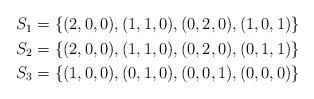
LaTeX: \begin{align*} \begin{aligned} S_1 &= \{ (2,0,0), (1,1,0), (0,2,0), (1,0,1) \} \\ S_2 &= \{ (2,0,0), (1,1,0), (0,2,0), (0,1,1) \} \\ S_3 &= \{ (1,0,0), (0,1,0), (0,0,1), (0,0,0) \} \end{aligned} \end{align*}